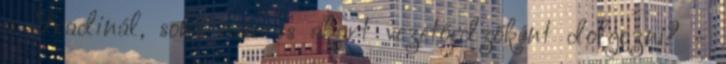
a Fradinál, soha nem is akart vezetőedzőként dolgozni? -